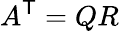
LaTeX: A^{\textsf{T}}=QR